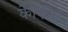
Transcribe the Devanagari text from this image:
केफिंस